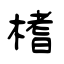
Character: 榰